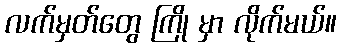
လက်မှတ်တွေ ကြို မှာ လိုက်မယ်။